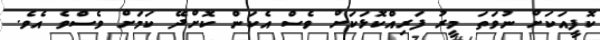
ކޮފީއަކަށް ނުވަތަ މީރު ފަރިއްކޮޅަކަށް ވެސް އެކަން ކޮށްދޭ ކަމަށް ވެސްވެ އެވެ.